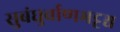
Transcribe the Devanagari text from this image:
सुबंधुर्बाणभट्टश्च